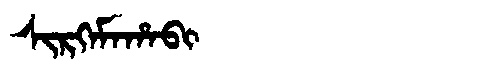
Manchu: ᠰᡳᡵᡴᡝᠮᠠᡥᠠᠪᡳ
Romanization: SIRKEMAHABI